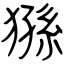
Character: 猻